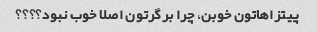
پیتزاهاتون خوبن، چرا برگرتون اصلا خوب نبود؟؟؟؟